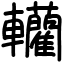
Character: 轥